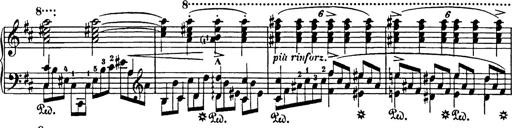
Title: Impromptu
Composer: JosÃ© MarÃ­a Usandizaga
Key: A major